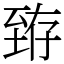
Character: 臶